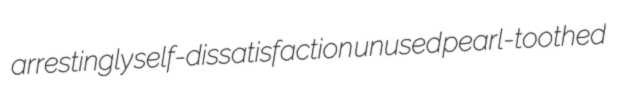
arrestingly self-dissatisfaction unused pearl-toothed